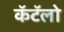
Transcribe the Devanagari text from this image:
कॅटॅलो